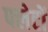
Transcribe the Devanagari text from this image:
फ्लेटों